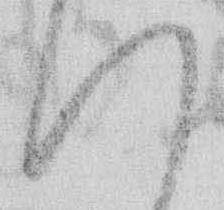
い